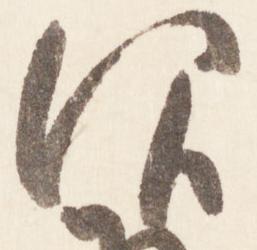
仰